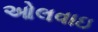
ઓલવાઇ